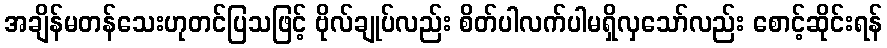
အချိန်မတန်သေးဟုတင်ပြသဖြင့် ဗိုလ်ချုပ်လည်း စိတ်ပါလက်ပါမရှိလှသော်လည်း စောင့်ဆိုင်းရန်